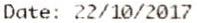
DATE: 22/10/2017